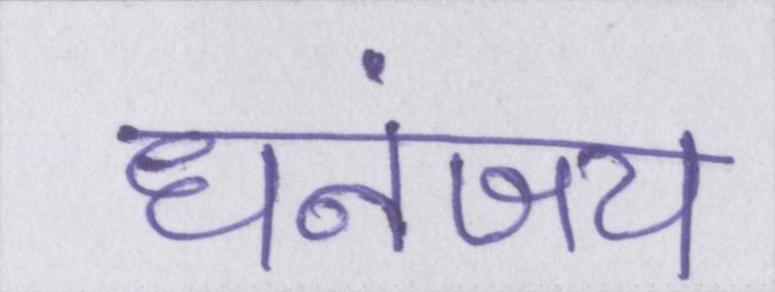
धनंजय